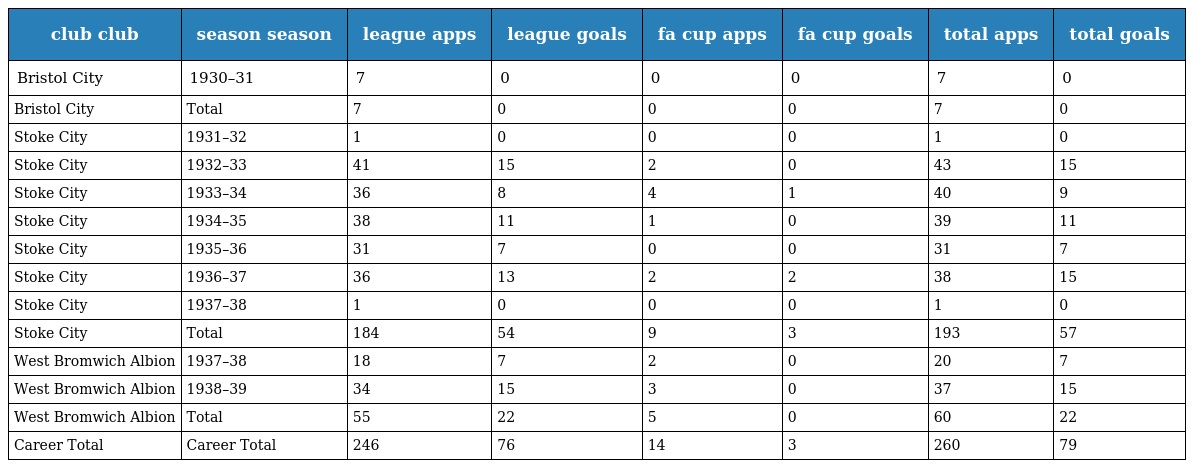
| club club | season season | league apps | league goals | fa cup apps | fa cup goals | total apps | total goals |
 | --- | --- | --- | --- | --- | --- | --- | --- |
 | Bristol City | 1930–31 | 7 | 0 | 0 | 0 | 7 | 0 |
 | Bristol City | Total | 7 | 0 | 0 | 0 | 7 | 0 |
 | Stoke City | 1931–32 | 1 | 0 | 0 | 0 | 1 | 0 |
 | Stoke City | 1932–33 | 41 | 15 | 2 | 0 | 43 | 15 |
 | Stoke City | 1933–34 | 36 | 8 | 4 | 1 | 40 | 9 |
 | Stoke City | 1934–35 | 38 | 11 | 1 | 0 | 39 | 11 |
 | Stoke City | 1935–36 | 31 | 7 | 0 | 0 | 31 | 7 |
 | Stoke City | 1936–37 | 36 | 13 | 2 | 2 | 38 | 15 |
 | Stoke City | 1937–38 | 1 | 0 | 0 | 0 | 1 | 0 |
 | Stoke City | Total | 184 | 54 | 9 | 3 | 193 | 57 |
 | West Bromwich Albion | 1937–38 | 18 | 7 | 2 | 0 | 20 | 7 |
 | West Bromwich Albion | 1938–39 | 34 | 15 | 3 | 0 | 37 | 15 |
 | West Bromwich Albion | Total | 55 | 22 | 5 | 0 | 60 | 22 |
 | Career Total | Career Total | 246 | 76 | 14 | 3 | 260 | 79 |